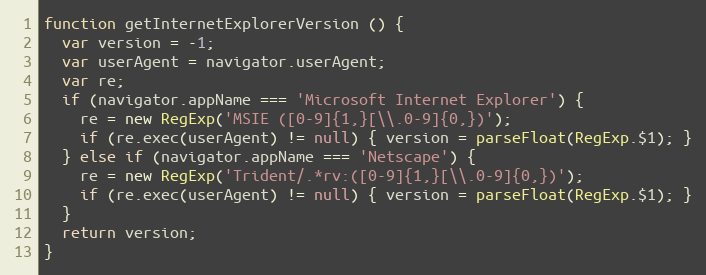
Language: JavaScript
function getInternetExplorerVersion () {
  var version = -1;
  var userAgent = navigator.userAgent;
  var re;
  if (navigator.appName === 'Microsoft Internet Explorer') {
    re = new RegExp('MSIE ([0-9]{1,}[\\.0-9]{0,})');
    if (re.exec(userAgent) != null) { version = parseFloat(RegExp.$1); }
  } else if (navigator.appName === 'Netscape') {
    re = new RegExp('Trident/.*rv:([0-9]{1,}[\\.0-9]{0,})');
    if (re.exec(userAgent) != null) { version = parseFloat(RegExp.$1); }
  }
  return version;
}